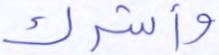
وأشرك